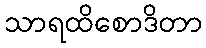
သာရထိစောဒိတာ